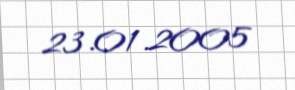
23.01.2005